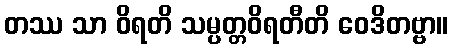
တဿ သာ ဝိရတိ သမ္ပတ္တဝိရတီတိ ဝေဒိတဗ္ဗာ။